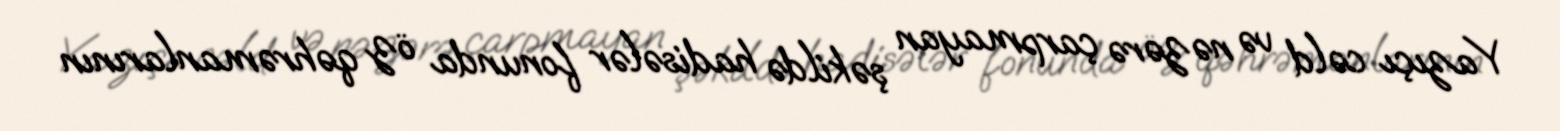
Yazıçı cəld və nəzərə çarpmayan şəkildə hadisələr fonunda öz qəhrəmanlarının